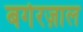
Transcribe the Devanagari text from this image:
बर्गरज़ाल